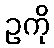
ဥကို